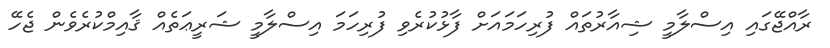
ރާއްޖޭގައި އިސްލާމީ ޝިއާރުތައް ފުރިހަމައަށް ފާޅުކުރެވި ފުރިހަމަ އިސްލާމީ ޝަރީޢަތެއް ޤާއިމްކުރެވެން ޖެހޭ